Medical and sanitary report of the native army of Bengal for the year
Year: 1874
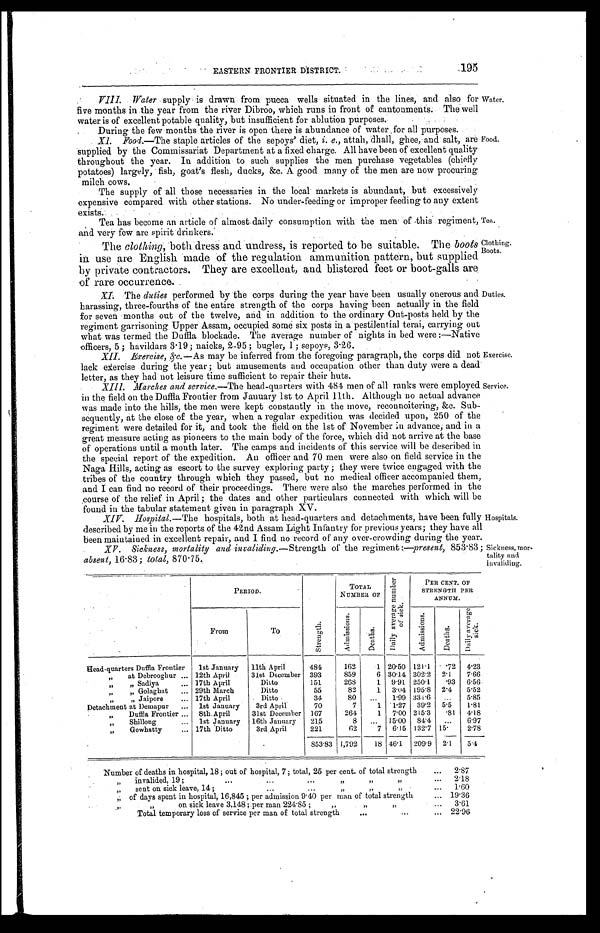
Water.
Food.
Tea.
Clothing.
Boots.
Hospitals.
Sickness, mor-
-tality and invaliding.
EASTERN FRONTIER DISTRICT.
1 9 5
VIII. Water supply is drawn from pucca wells situated in the lines, and also for
five months in the year from the river Dibroo, which runs in front of cantonments. The well
water is of excellent potable quality, but insufficient for ablution purposes.
During the few months the river is open there is abundance of water for all purposes.
XI. Food.—The staple articles of the sepoys' diet, i. e., attah, dhall, ghee, and salt, are Food.
supplied by the Commissariat Department at a fixed charge. All have been of excellent quality
throughout the year. In addition to such supplies the men purchase vegetables (chiefly
potatoes) largely, fish, goat's flesh, ducks, &c. A good many of the men are now procuring
milch cows.
The supply of all those necessaries in the local markets is abundant, but excessively
expensive compared with other stations. No under-feeding or improper feeding to any extent exists.
Tea has become an article of almost daily consumption with the men of this regiment,
and very few are spirit drinkers.
The clothing, both dress and undress, is reported to be suitable. The boots
in use are English made of the regulation ammunition pattern, but supplied
by private contractors. They are excellent, and blistered feet or boot-galls are
of rare occurrence.
XI. The duties performed by the corps during the year have been usually onerous and
harassing, three-fourths of the entire strength of the corps having been actually in the field
for seven months out of the twelve, and in addition to the ordinary Out-posts held by the
regiment garrisoning Upper Assam, occupied some six posts in a pestilential terai,
what was termed the Duffla, blockade. The average number of nights in bed were:—Native
officers, 5; havildars 3.19; naicks, 2-95; bugler, 1; sepoys, 3.26.
XII. Exercise, &c.—As may be inferred from the foregoing paragraph, the corps did not
lack exercise during the year; but amusements and occupation other than duty were a dead
letter, as they had not leisure time sufficient to repair their huts.
Duties.
Exercise.
XIII. Marches and service. —The head-quarters with 484 men of all ranks were employed
in the field on the Duffla Frontier from January 1st to April 11th. Although no actual advance
was made into the hills, the men were kept constantly in the move, reconnoitering, &c. Sub
-sequently, at the close of the year, when a regular expedition was decided upon, 250 of the
regiment were detailed for it, and took the field on the 1st of November advance, and in a
great measure acting as pioneers to the main body of the force, which did not arrive at the base
of operations until a month later. The camps and incidents of this service will be described in
the special report of the expedition. An officer and 70 men were also on field service in the
Naga Hills, acting as escort to the survey exploring party; they were twice engaged with the
tribes of the country through which they passed, but no medical officer accompanied them,
and I can find no record of their proceedings. There were also the marches performed in the
course of the relief in April; the dates and other particulars connected with which will be
found in the tabular statement given in paragraph XV.
XIV. Hospital.—The hospitals, both at head-quarters and detachments, have been fully
described by me in the reports of the 42nd Assam Light Infantry for previous years; they have all
been maintained in excellent repair, and I find no record of any over-crowding during the year.
XV. Sickness, mortality and invaliding.—Strength of the regiment:—. present, 853.83;
absent, 16..83; total, 870.75.
Service.
PERIOD.
St r engt h.
TOTAL
NUMBER OF
D a i l y A v e r a g e n u m b e r o f s i c k .
PER CENT. OF
STRENGTH PER
ANNUM.
From
To
Ad mi s s i o n s . Deaths.
A d m i s s i o n s .
Deaths.
Da i l y a v e r a g e s i c k .
Head-quarters Duffla Frontier
1st January 11th April
484
162
1 20.50 121.1 .72
4.23
„
at Debrooghur ... 12th April
31st December 393
859
6 30.14 302.2 2.1 7.66
„
„ Sadiya
... 17th April
Ditto
151
268
1 9.91 250.1
.93 6.56
„
„ Golaghat ... 29th March
Ditto
55
82
1 3.04 195.8 2.4
5.52
„
„ Jaipore
... 17th April
Ditto
34
80 ...
1.99 331.6 ...
5.85
Detachment at Demapur ... 1st January
3rd April
70
7
1 1.27 39.2 5.5
1.81
,, Duffla Frontier ... 8th April
31st December 167
264
1 7.00 215.3
.81 4.18
„
Shillong
... 1st January 16th January 215
8
... 15.00 84.4 ...
6.97
„
Gowhatty
... 17th Ditto
3rd April
221
62
7 6.15 132.7 15
2.78
.
853.83 1,792
18 46.1 209 . 9 2.1
5.4
Number of deaths in hospital, 18; out of hospital, 7; total, 25 per cent. of total strength
... 2.87
,, invalided, 19;
...
...
... ,,
,,
„
... 2.18
,,
sent on sick leave, 14;
...
... ,,
,,
,,
... 1.60
,, of days spent in hospital, 16,845; per admission 9.40 per man of total strength
... 19.36
,,
,,
on sick leave 3,148; per man 224.85;
,,
,,
,,
3.61
Total temporary loss of service per man of total strength
...
...
... 22.96